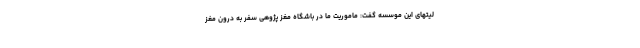
لیتهای این موسسه گفت: ماموریت ما در باشگاه مغز پژوهی سفر به درون مغز